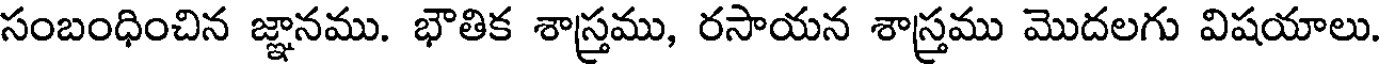
సంబంధించిన జ్ఞానము. భౌతిక శాస్త్రము, రసాయన శాస్త్రము మొదలగు విషయాలు.